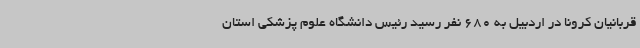
قربانیان کرونا در اردبیل به 680 نفر رسید رئیس دانشگاه علوم پزشکی استان